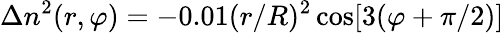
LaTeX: \Delta n^{2}(r,\varphi)=-0.01(r/R)^{2}\cos[3(\varphi+\pi/2)]